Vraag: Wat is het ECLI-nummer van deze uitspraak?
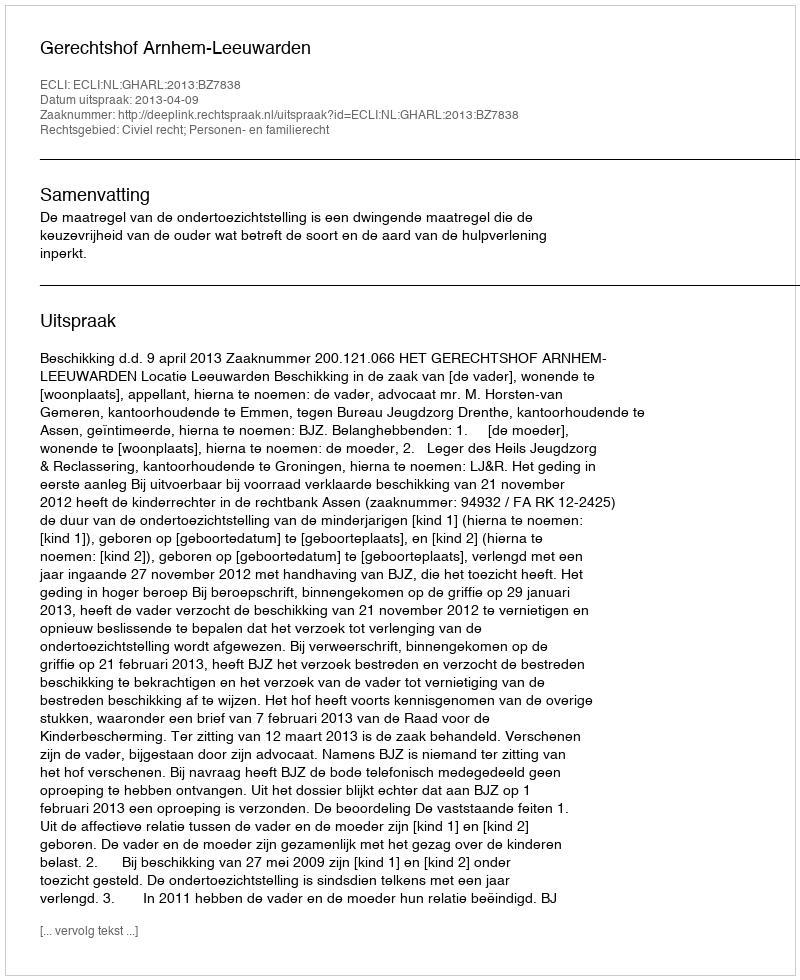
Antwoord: ECLI:NL:GHARL:2013:BZ7838